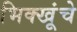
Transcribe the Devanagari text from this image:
भिक्खूंचे